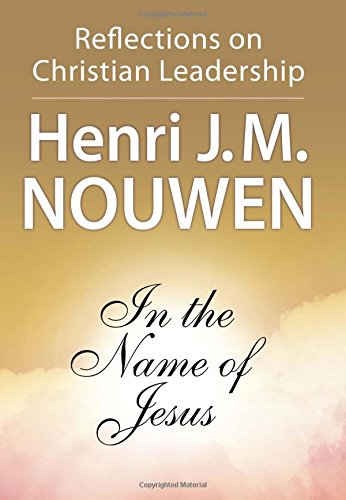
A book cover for In the Name of Jesus: Reflections on Christian Leadership; Henri J. M. Nouwen; Christian Books & Bibles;